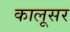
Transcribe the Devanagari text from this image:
कालूसर